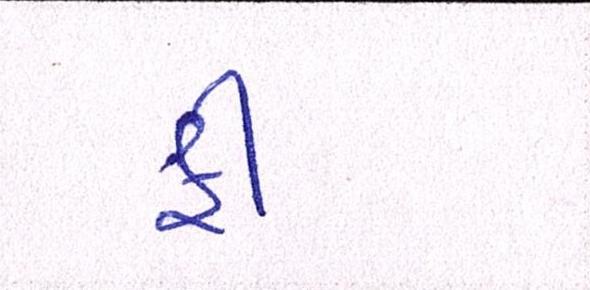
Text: ફી